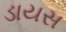
ડાયસ